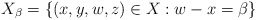
\begin{align*}X_\beta = \{ (x,y,w,z) \in X : w-x = \beta \}\end{align*}